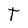
Character: T